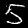
Label: 5